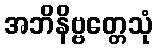
အဘိနိဗ္ဗတ္တေသုံ